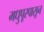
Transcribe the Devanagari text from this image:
मधुपूरपासून